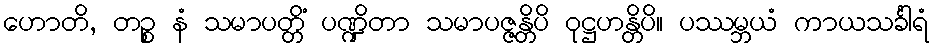
ဟောတိ, တဉ္စ နံ သမာပတ္တိံ ပဏ္ဍိတာ သမာပဇ္ဇန္တိပိ ဝုဋ္ဌဟန္တိပိ။ ပဿမ္ဘယံ ကာယသင်္ခါရံ